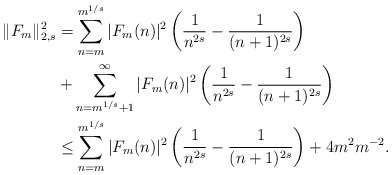
\begin{align*}\|F_m\|^2_{2,s} &= \sum_{n = m}^{m^{1/s}} |F_m(n)|^2 \left(\frac{1}{n^{2s}}-\frac{1}{(n+1)^{2s}}\right) \\ &+ \sum_{n = m^{1/s}+1}^{\infty} |F_m(n)|^2 \left(\frac{1}{n^{2s}}-\frac{1}{(n+1)^{2s}}\right) \\& \leq \sum_{n = m}^{m^{1/s}} |F_m(n)|^2 \left(\frac{1}{n^{2s}}-\frac{1}{(n+1)^{2s}}\right) + 4 m^2 m^{-2}.\end{align*}